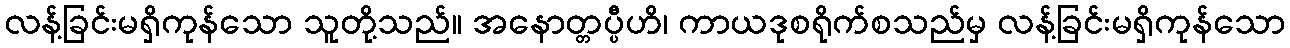
လန့်ခြင်းမရှိကုန်သော သူတို့သည်။ အနောတ္တပ္ပီဟိ၊ ကာယဒုစရိုက်စသည်မှ လန့်ခြင်းမရှိကုန်သော